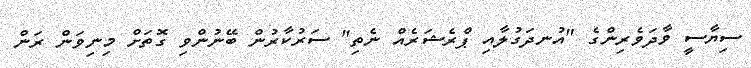
ސިޔާސީ ވާދަވެރިންގެ "އުނދަގުލާއި ޕްރެޝަރެއް ނެތި" ސަރުކާރުން ބޭނުންވި ގޮތަށް މިނިވަން ރަން